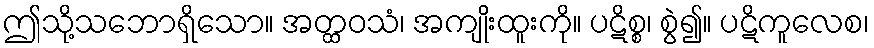
ဤသို့သဘောရှိသော။ အတ္ထဝသံ၊ အကျိုးထူးကို။ ပဋိစ္စ၊ စွဲ၍။ ပဋိကူလေစ၊